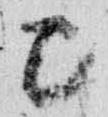
巳